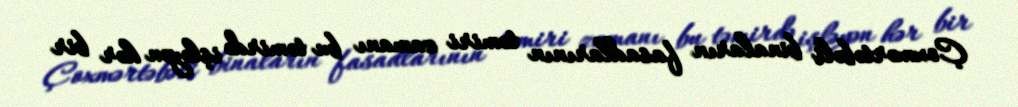
Çoxmərtəbəli binaların fasadlarının təmiri zamanı bu təmirdə işləyən hər bir